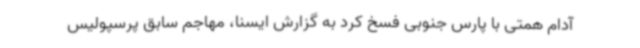
آدام همتی با پارس جنوبی فسخ کرد به گزارش ایسنا، مهاجم سابق پرسپولیس